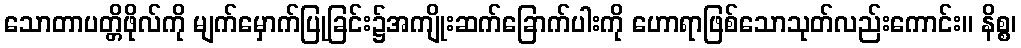
သောတာပတ္တိဖိုလ်ကို မျက်မှောက်ပြုခြင်း၌အကျိုးဆက်ခြောက်ပါးကို ဟောရာဖြစ်သောသုတ်လည်းကောင်း။ နိစ္စ၊